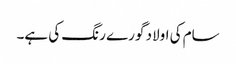
سام کی اولاد گورے رنگ کی ہے۔